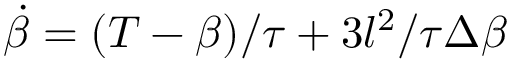
\dot { \beta } = ( T - \beta ) / \tau + 3 l ^ { 2 } / \tau \Delta \beta